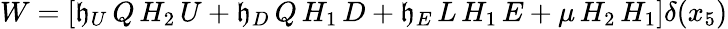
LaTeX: W=\left[\mathfrak{h}_{U}\, Q\, H_{2}\, U+\mathfrak{h}_{D}\, Q\, H_{1}\, D+\mathfrak{h}_{E}\, L\, H_{1}\, E+\mu\, H_{2}\, H_{1}\right]\delta(x_{5})